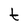
Character: t